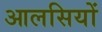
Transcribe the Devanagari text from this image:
आलसियों